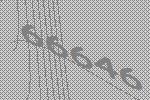
66646